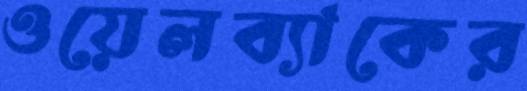
ওয়েলব্যাকের